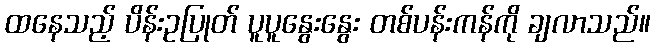
ထနေသည့် ပိန်းဥပြုတ် ပူပူနွေးနွေး တစ်ပန်းကန်ကို ချလာသည်။